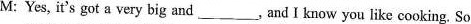
M:Yes, it's got a very big and, and I know you like cooking. So